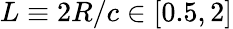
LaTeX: L\equiv 2R/c\in[0.5,2]